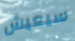
سيعيش